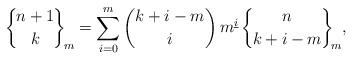
LaTeX: \begin{gather*} \bigg\{\!{n+1\atop k}\!\bigg\}_{\!m} = \sum_{i=0}^m \binom{k+i-m}{i} \,m^{\underline{i}} \,\bigg\{\!{n\atop k+i-m}\!\bigg\}_{\!m},\end{gather*}